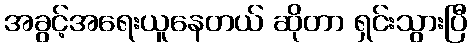
အခွင့်အရေးယူနေတယ် ဆိုတာ ရှင်းသွားပြီ